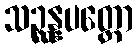
သဉ္ဆန္နပတ္တော